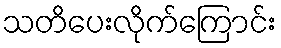
သတိပေးလိုက်ကြောင်း